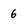
Character: 6